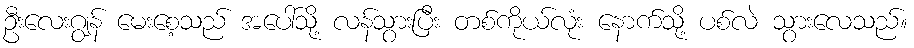
ဦးလေးဂျွန် မေးစေ့သည် အပေါ်သို့ လန်သွားပြီး တစ်ကိုယ်လုံး နောက်သို့ ပစ်လဲ သွားလေသည်။